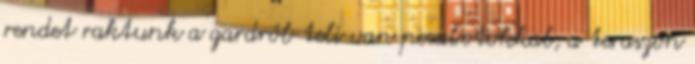
rendet raktunk a gardrób teli van pecabotokkal, a teraszon